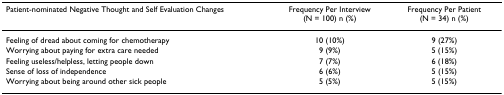
<table><thead><tr><td><b>Patient-nominated Negative Thought and Self Evaluation Changes</b></td><td><b>Frequency Per Interview (N = 100) n (%)</b></td><td><b>Frequency Per Patient (N = 34) n (%)</b></td></tr></thead><tbody><tr><td>Feeling of dread about coming for chemotherapy</td><td>10 (10%)</td><td>9 (27%)</td></tr><tr><td>Worrying about paying for extra care needed</td><td>9 (9%)</td><td>5 (15%)</td></tr><tr><td>Feeling useless/helpless, letting people down</td><td>7 (7%)</td><td>6 (18%)</td></tr><tr><td>Sense of loss of independence</td><td>6 (6%)</td><td>5 (15%)</td></tr><tr><td>Worrying about being around other sick people</td><td>5 (5%)</td><td>5 (15%)</td></tr></tbody></table>